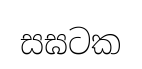
සඝටක